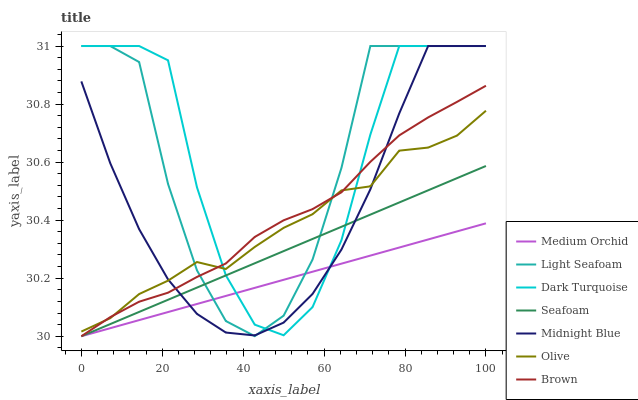
| xaxis_label | Medium Orchid | Light Seafoam | Dark Turquoise | Seafoam | Midnight Blue | Olive | Brown |
 | --- | --- | --- | --- | --- | --- | --- | --- |
 | 0 | 30 | 31 | 31 | 30 | 30.9 | 30 | 30 |
 | 7.14 | 30 | 31 | 31 | 30 | 30.6 | 30.1 | 30.1 |
 | 14.3 | 30.1 | 30.9 | 31 | 30.1 | 30.4 | 30.1 | 30.1 |
 | 21.4 | 30.1 | 30.5 | 31 | 30.1 | 30.2 | 30.2 | 30.2 |
 | 28.6 | 30.1 | 30.2 | 30.5 | 30.2 | 30.1 | 30.3 | 30.2 |
 | 35.7 | 30.1 | 30.1 | 30.2 | 30.2 | 30 | 30.2 | 30.3 |
 | 42.9 | 30.2 | 30 | 30 | 30.3 | 30 | 30.3 | 30.3 |
 | 50 | 30.2 | 30.1 | 30 | 30.3 | 30 | 30.4 | 30.4 |
 | 57.1 | 30.2 | 30.3 | 30.1 | 30.3 | 30.1 | 30.4 | 30.4 |
 | 64.3 | 30.3 | 30.6 | 30.3 | 30.4 | 30.3 | 30.5 | 30.5 |
 | 71.4 | 30.3 | 31 | 30.7 | 30.4 | 30.5 | 30.5 | 30.6 |
 | 78.6 | 30.3 | 31 | 31 | 30.5 | 30.8 | 30.6 | 30.7 |
 | 85.7 | 30.3 | 31 | 31 | 30.5 | 31 | 30.7 | 30.8 |
 | 92.9 | 30.4 | 31 | 31 | 30.5 | 31 | 30.7 | 30.8 |
 | 100 | 30.4 | 31 | 31 | 30.6 | 31 | 30.8 | 30.9 |